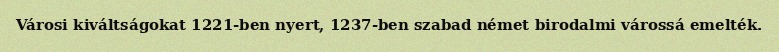
Városi kiváltságokat 1221-ben nyert, 1237-ben szabad német birodalmi várossá emelték.